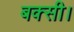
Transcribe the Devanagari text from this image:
बक्सी।